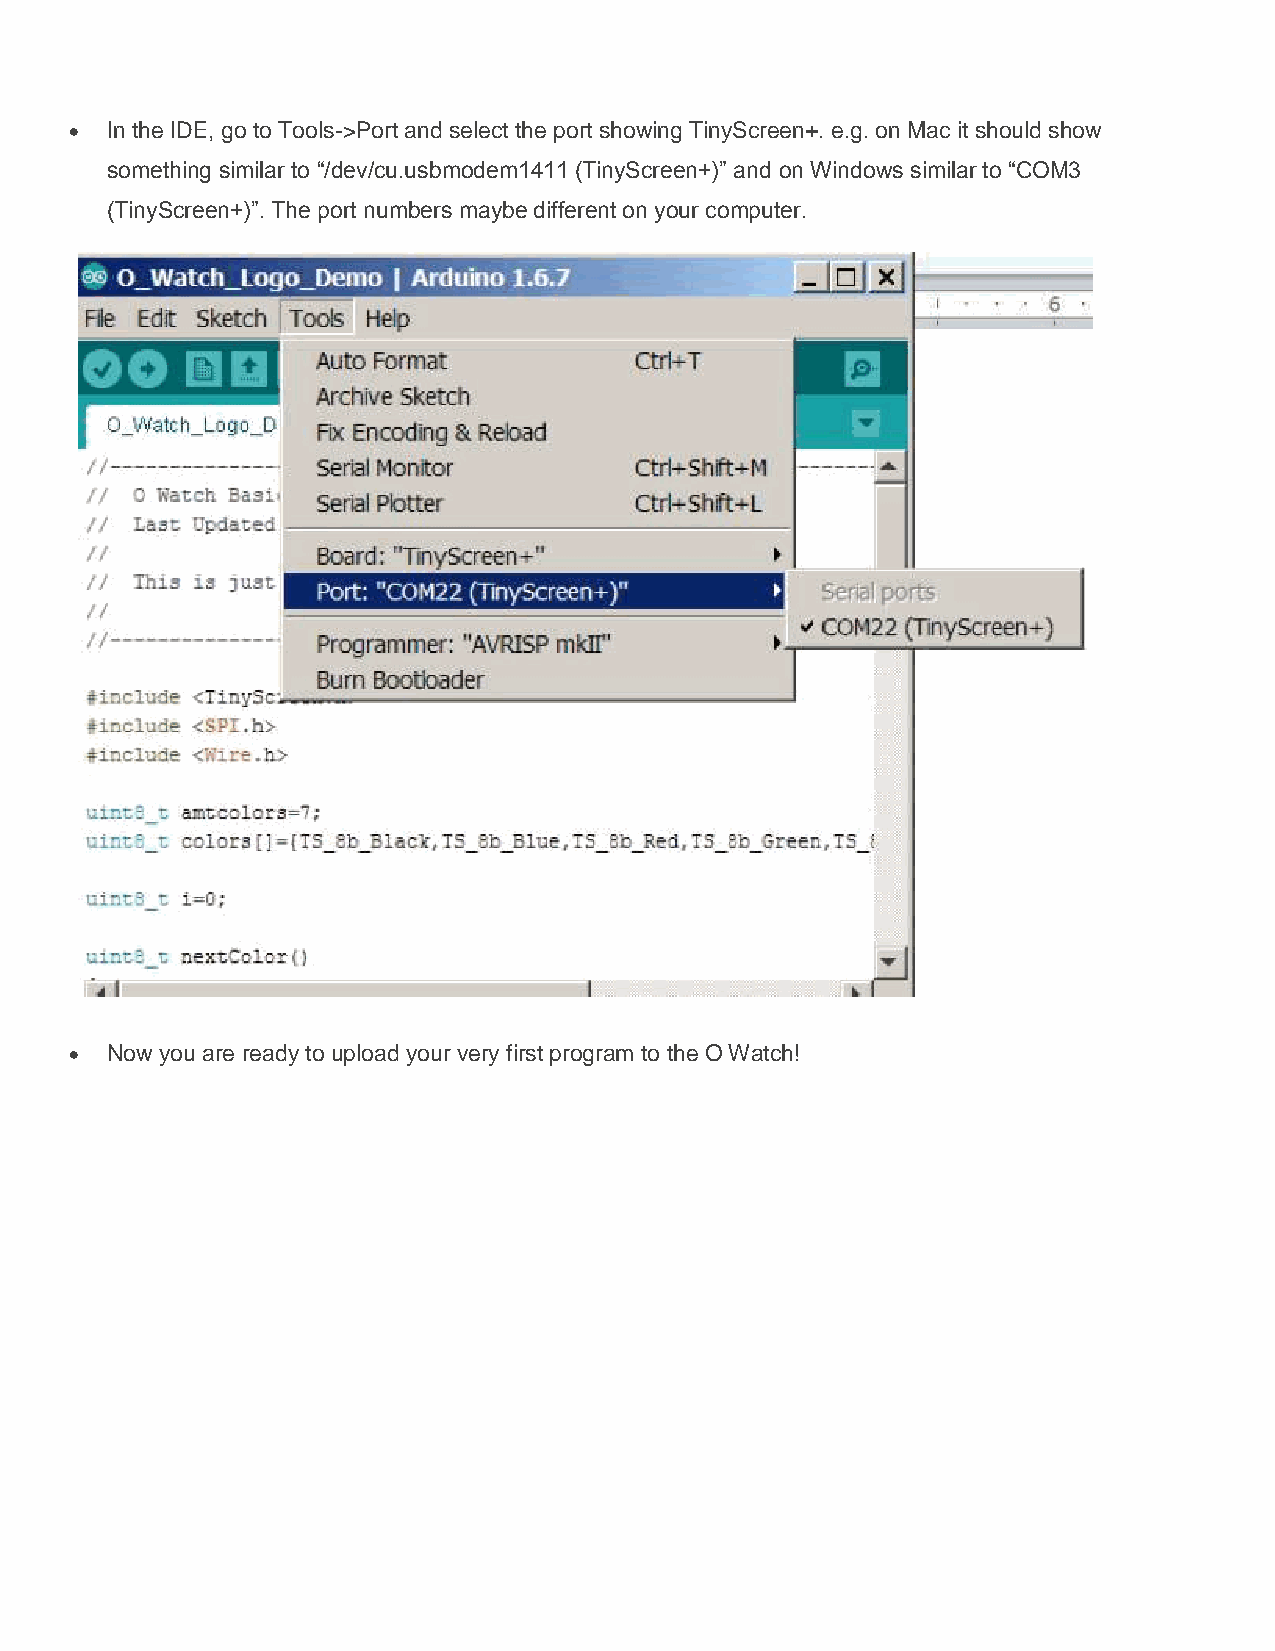
 In the IDE, go to Tools->Port and select the port showing TinyScreen+. e.g. on Mac it should show
 something similar to “/dev/cu.usbmodem1411 (TinyScreen+)” and on Windows similar to “COM3
 (TinyScreen+)”. The port numbers maybe different on your computer.
  Now you are ready to upload your very first program to the O Watch!